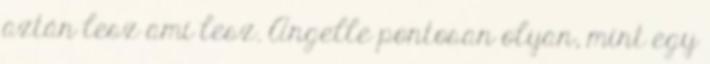
aztán lesz ami lesz. Angelle pontosan olyan, mint egy